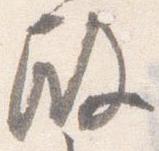
殿